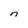
Character: n